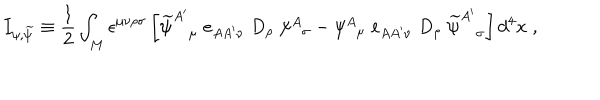
I _ { \psi , { \widetilde \psi } } \equiv { \frac { 1 } { 2 } } \int _ { M } \epsilon ^ { \mu \nu \rho \sigma } \left[ { \widetilde \psi } _ { \mu } ^ { A ^ { \prime } } \; e _ { A A ^ { \prime } \nu } \; D _ { \rho } \; \psi _ { \; \; \sigma } ^ { A } - \psi _ { \; \; \mu } ^ { A } \; e _ { A A ^ { \prime } \nu } \; D _ { \rho } \; { \widetilde \psi } _ { \sigma } ^ { A ^ { \prime } } \right] d ^ { 4 } x \; ,